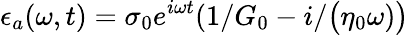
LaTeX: {\epsilon}_{a}(\omega,t)=\sigma_{0}e^{i\omega t}(1/G_{0}-i/\big(\eta_{0}\omega)\big)